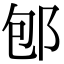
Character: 𨚔